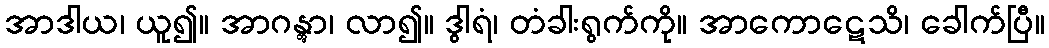
အာဒါယ၊ ယူ၍။ အာဂန္တွာ၊ လာ၍။ ဒွါရံ၊ တံခါးရွက်ကို။ အာကောဋေသိ၊ ခေါက်ပြီ။